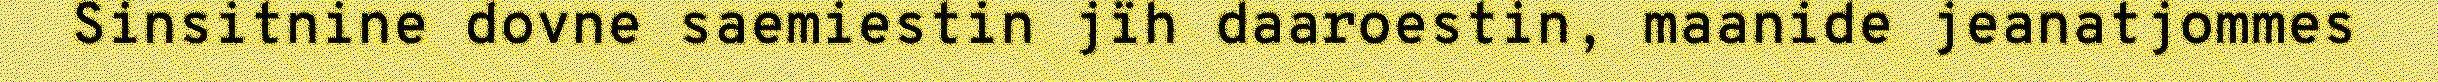
Sinsitnine dovne saemiestin jïh daaroestin, maanide jeanatjommes